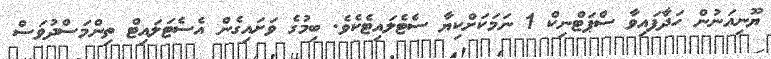
ޔޫނިއަނުން ހަދާފައިވާ ސްޕަޓްނިކް 1 ނަމަކަށްކިޔާ ސެޓެލައިޓެކެވެ. ބިމުގެ ވަށައިގެން އެސެޓަލައިޓް ތިންމަސްދުވަސް